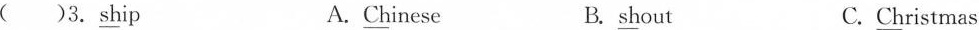
( )3. Ship A.Chinese B. shout C.Christmas